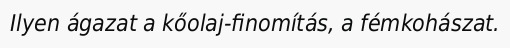
Ilyen ágazat a kőolaj-finomítás, a fémkohászat.